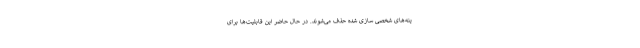
ینه‌های شخصی سازی شده حذف می‌شوند. در حال حاضر این قابلیت‌ها برای